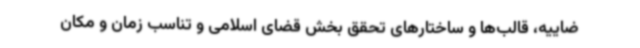
ضاییه، قالب‌ها و ساختارهای تحقق بخش قضای اسلامی و تناسب زمان و مکان